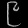
Digit: ၉